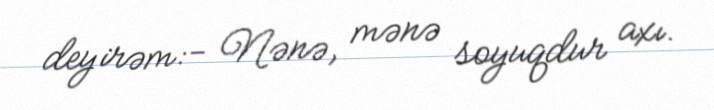
deyirəm:- Nənə, mənə soyuqdur axı.